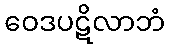
ဝေဒပဋိလာဘံ